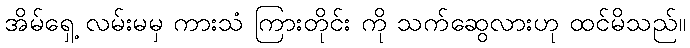
အိမ်ရှေ့ လမ်းမမှ ကားသံ ကြားတိုင်း ကို သက်ဆွေလားဟု ထင်မိသည်။